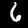
Digit: 6